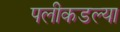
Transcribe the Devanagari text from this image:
पलीकडल्या